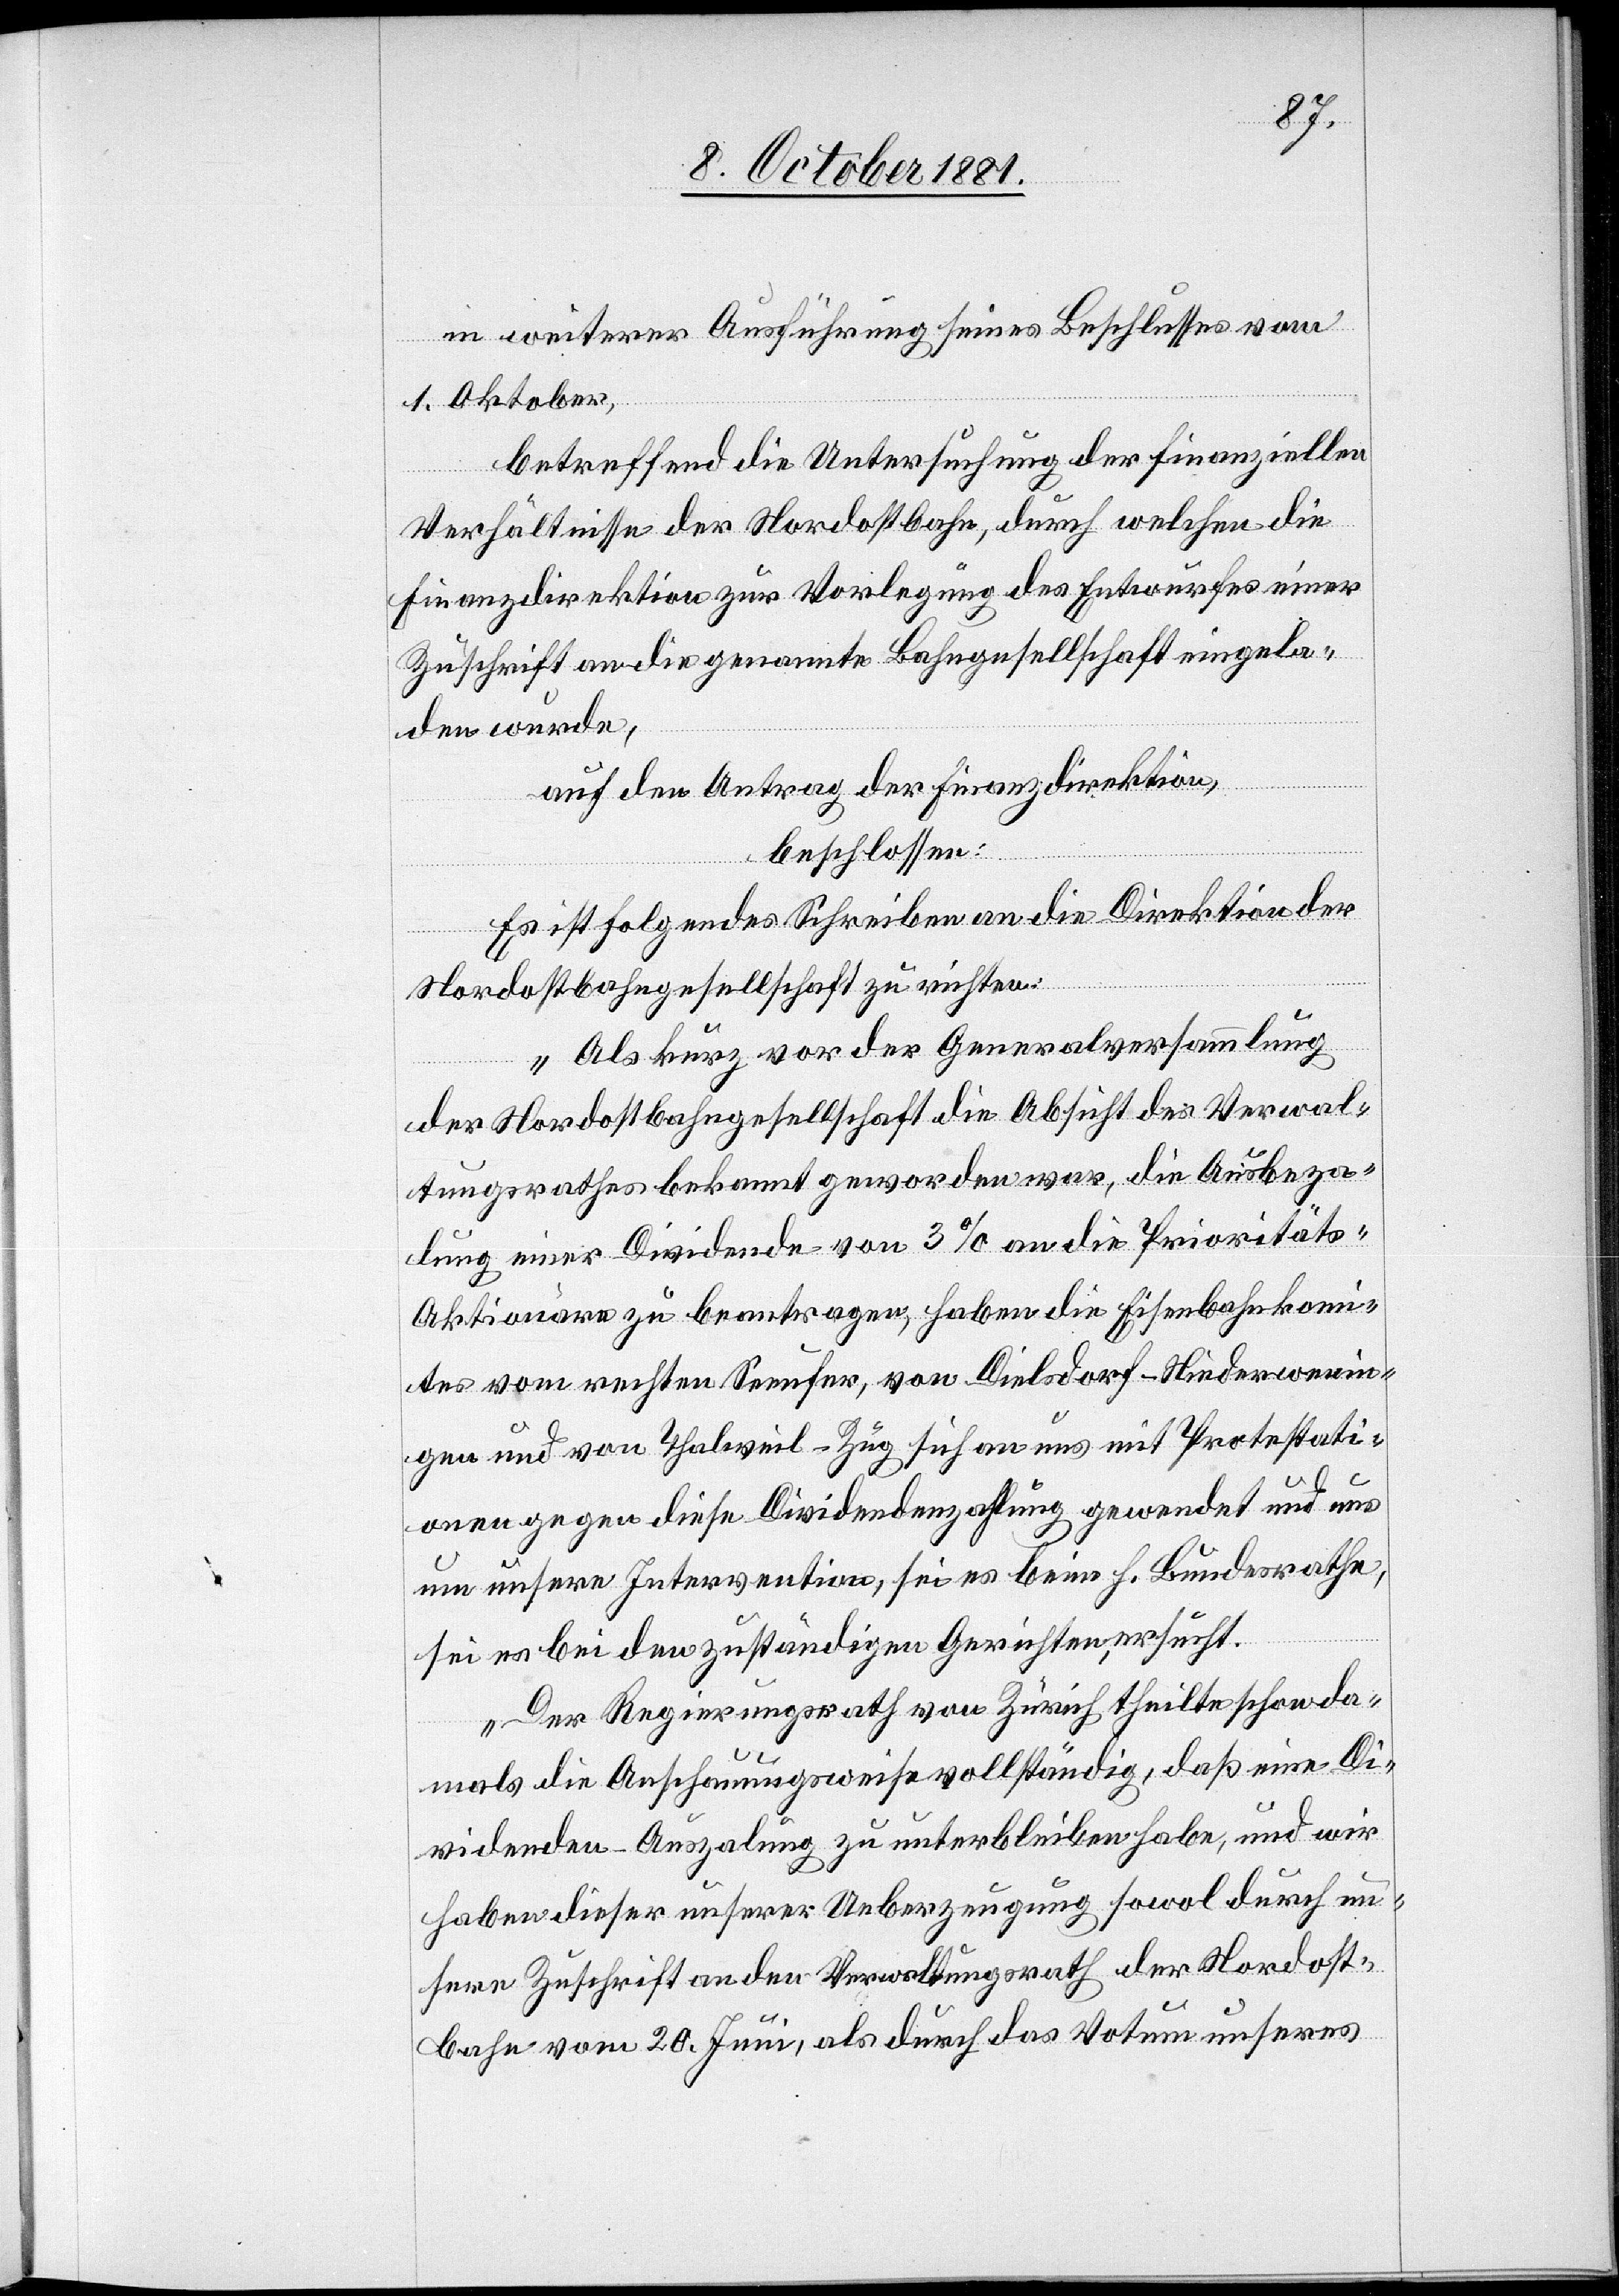
in weiterer Ausführung seines Beschlusses vom
1. Oktober,
betreffend die Untersuchung der finanziellen
Verhältnisse der Nordostbahn, durch welchen die
Finanzdirektion zur Vorlegung des Entwurfes einer
Zuschrift an die genannte Bahngesellschaft eingela¬
den wurde,
auf den Antrag der Finanzdirektion,
beschlossen:
Es ist folgendes Schreiben an die Direktion der
Nordostbahngesellschaft zu richten:
„Als kurz vor der Generalversammlung
der Nordostbahngesellschaft die Absicht des Verwal¬
tungsrathes bekannt geworden war, die Ausbeza¬
lung einer Dividende von 3% an die Prioritäts-A¬
ktionäre zu beantragen, haben die Eisenbahnkom¬
ites vom rechten Seeufer, von Dielsdorf–Niederwenin¬
gen und von Thalweil–Zug sich an uns mit Protestati¬
onen gegen diese Dividendenzahlung gewendet und uns
um unsere Intervention, sei es beim h. Bundesrathe,
sei es bei den zuständigen Gerichten, ersucht.
Der Regierungsrath von Zürich theilte schon da¬
mals die Anschauungsweise vollständig, daß eine Di¬
videnden-Auszalung zu unterbleiben habe, und wir
haben dieser unserer Ueberzeugung sowol durch un¬
sere Zuschrift an den Verwaltungsrath der Nordost¬
bahn vom 20. Juni, als durch das Votum unseres